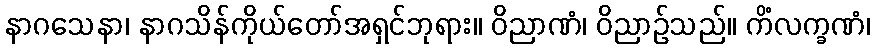
နာဂသေနာ၊ နာဂသိန်ကိုယ်တော်အရှင်ဘုရား။ ဝိညာဏံ၊ ဝိညာဉ်သည်။ ကိံလက္ခဏံ၊